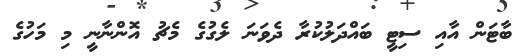
ބާޓަން އާއި ސިޓީ ބައްދަލުކުރާ ދެވަނަ ލެގުގެ މެޗު އޮންނާނީ މި މަހުގެ